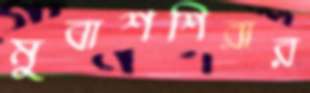
মুবাশশিরার